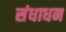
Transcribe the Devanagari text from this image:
संधाधन